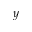
y